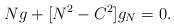
LaTeX: \begin{align*}N g+[N^2-C^2]g_N=0.\end{align*}